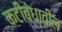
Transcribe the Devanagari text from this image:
कटीबंधातील